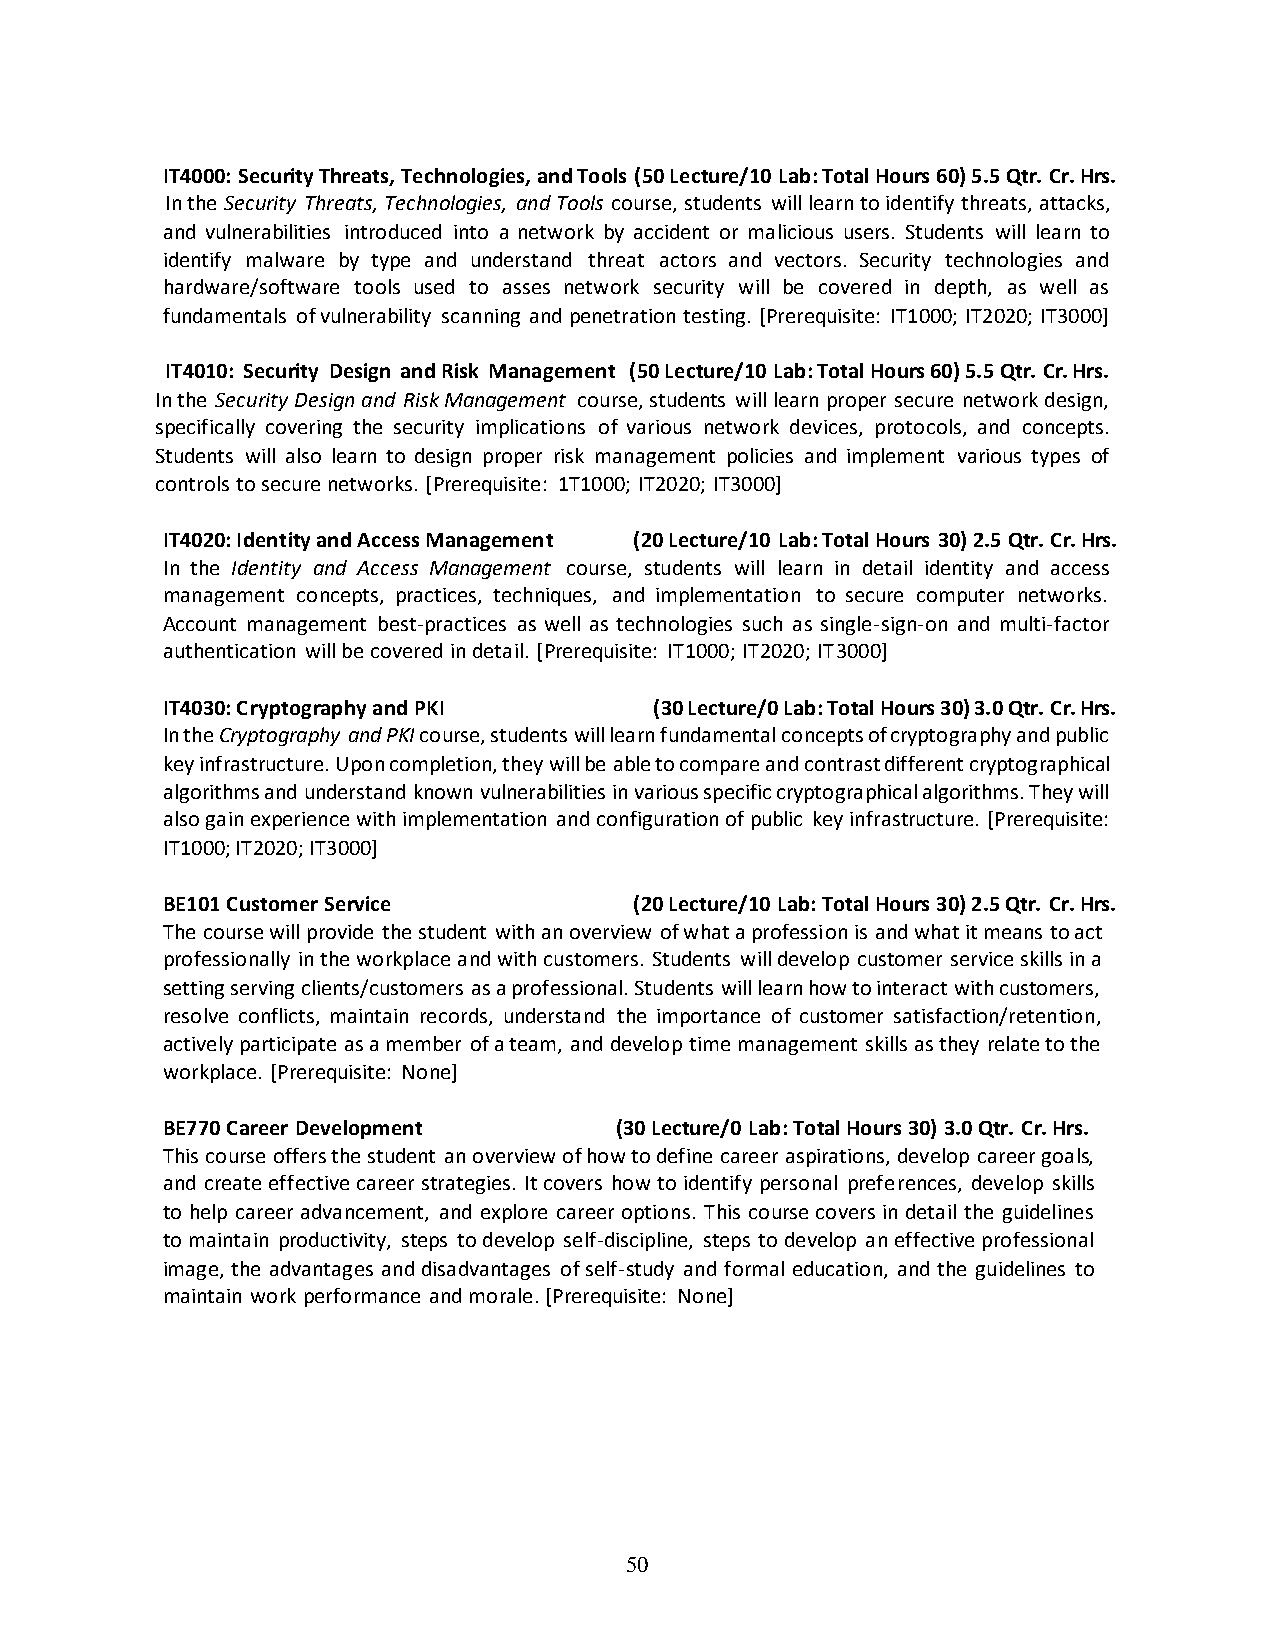
IT4000: Security Threats, Technologies, and Tools (50 Lecture/10 Lab: Total Hours 60) 5.5 Qtr. Cr. Hrs.
 In the Security Threats, Technologies, and Tools course, students will learn to identify threats, attacks,
 and vulnerabilities introduced into a network by accident or malicious users. Students will learn to
 identify malware by type and understand threat actors and vectors. Security technologies and
 hardware/software tools used to asses network security will be covered in depth, as well as
 fundamentals of vulnerability scanning and penetration testing. [Prerequisite: IT1000; IT2020; IT3000]
 IT4010: Security Design and Risk Management (50 Lecture/10 Lab: Total Hours 60) 5.5 Qtr. Cr. Hrs.
 In the Security Design and Risk Management course, students will learn proper secure network design,
 specifically covering the security implications of various network devices, protocols, and concepts.
 Students will also learn to design proper risk management policies and implement various types of
 controls to secure networks. [Prerequisite: 1T1000; IT2020; IT3000]
 IT4020: Identity and Access Management (20 Lecture/10 Lab: Total Hours 30) 2.5 Qtr. Cr. Hrs.
 In the Identity and Access Management course, students will learn in detail identity and access
 management concepts, practices, techniques, and implementation to secure computer networks.
 Account management best-practices as well as technologies such as single-sign-on and multi-factor
 authentication will be covered in detail. [Prerequisite: IT1000; IT2020; IT3000]
 IT4030: Cryptography and PKI    (30 Lecture/0 Lab: Total Hours 30) 3.0 Qtr. Cr. Hrs.
 In the Cryptography and PKI course, students will learn fundamental concepts of cryptography and public
 key infrastructure. Upon completion, they will be able to compare and contrast different cryptographical
 algorithms and understand known vulnerabilities in various specific cryptographical algorithms. They will
 also gain experience with implementation and configuration of public key infrastructure. [Prerequisite:
 IT1000; IT2020; IT3000]
 BE101 Customer Service         (20 Lecture/10 Lab: Total Hours 30) 2.5 Qtr. Cr. Hrs.
 The course will provide the student with an overview of what a profession is and what it means to act
 professionally in the workplace and with customers. Students will develop customer service skills in a
 setting serving clients/customers as a professional. Students will learn how to interact with customers,
 resolve conflicts, maintain records, understand the importance of customer satisfaction/retention,
 actively participate as a member of a team, and develop time management skills as they relate to the
 workplace. [Prerequisite: None]
 BE770 Career Development      (30 Lecture/0 Lab: Total Hours 30) 3.0 Qtr. Cr. Hrs.
 This course offers the student an overview of how to define career aspirations, develop career goals,
 and create effective career strategies. It covers how to identify personal preferences, develop skills
 to help career advancement, and explore career options. This course covers in detail the guidelines
 to maintain productivity, steps to develop self-discipline, steps to develop an effective professional
 image, the advantages and disadvantages of self-study and formal education, and the guidelines to
 maintain work performance and morale. [Prerequisite: None]
 50